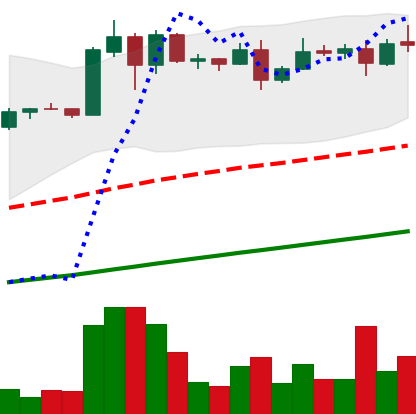
Ticker: ADA-USD
Chart end date: 2020-08-09
Forward return: -4.755%
Label: down_3_5